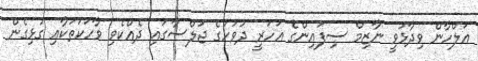
އަލްހާން ވިދާޅުވީ ނާޒިމް ސިފައިންގެ އަހަރީ ދުވަހުގެ ޖަލްސާގައި ދެއްކެވި ވާހަކަތަކާއި ގުޅިގެން